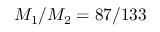
M _ { 1 } / M _ { 2 } = 8 7 / 1 3 3